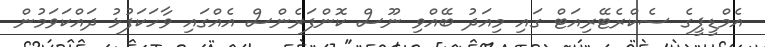
އެމްޑީޕީގެ ސެކްރެޓޭރިއަޓް ގައި މިއަދު ބޭއްވި ނޫސް ކޮންފަރެންސް އެއްގައި ވާހަކަފުޅު ދައްކަވަމުން